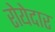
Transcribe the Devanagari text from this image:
रोयेदार